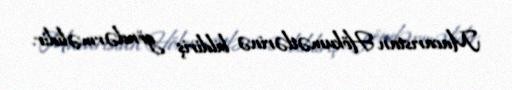
Macarıstan Hökumətlərinə bildiriş göndərməlidir.